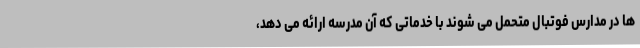
ها در مدارس فوتبال متحمل می شوند با خدماتی که آن مدرسه ارائه می دهد،